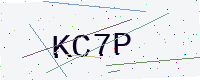
Text: KC7P